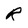
Character: R